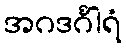
အဂဒင်္ဂါရံ